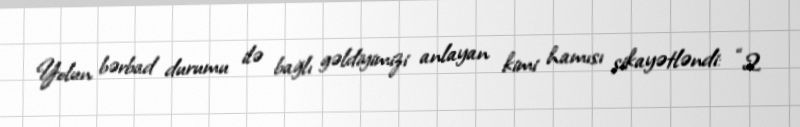
Yolun bərbad durumu ilə bağlı gəldiyimizi anlayan kimi hamısı şikayətləndi: “2